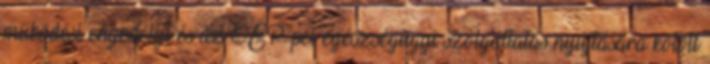
működési engedélyt és az OEP-pel egészségügyi szolgáltatás nyújtására kötött